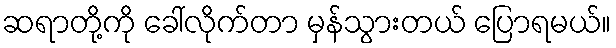
ဆရာတို့ကို ခေါ်လိုက်တာ မှန်သွားတယ် ပြောရမယ်။